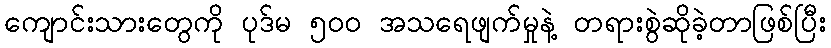
ကျောင်းသားတွေကို ပုဒ်မ ၅ဝဝ အသရေဖျက်မှုနဲ့ တရားစွဲဆိုခဲ့တာဖြစ်ပြီး